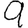
Digit: 9